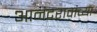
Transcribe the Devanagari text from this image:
आनंदरावांच्या